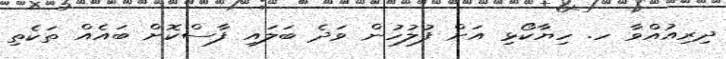
ދިރިއުުއްވާ ހ. ހިޔާކޯޅި އަށް ފުުލުހުން ވަދެ ބަލައި ފާސްކޮށް ބައެއް ތަކެތި